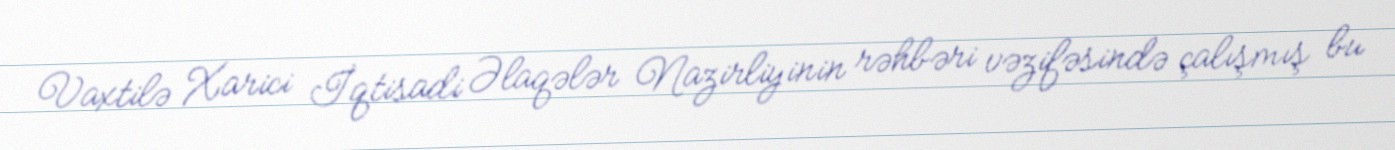
Vaxtilə Xarici İqtisadi Əlaqələr Nazirliyinin rəhbəri vəzifəsində çalışmış bu